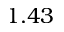
1 . 4 3